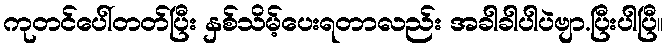
ကုတင်ပေါ်တတ်ပြီး နှစ်သိမ့်ပေးရတာလည်း အခါခါပါပဲဗျာ.ပြီးပါပြီ။